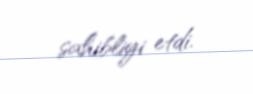
sahibliyi etdi.